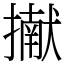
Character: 擜